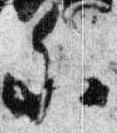
参